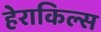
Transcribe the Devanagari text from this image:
हेराकिल्स